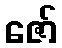
ဇော်